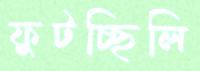
ফুটচ্ছিলি